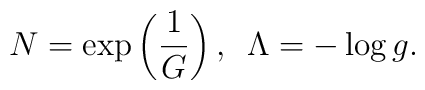
N = \exp \left(\frac{1}{G}\right), \,\,\, \Lambda = - \log g.